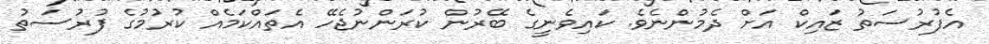
އެފުރުސަތު ޒައިކް އަށް ދެމުންނެވެ. ކައިވެނީގެ ބޭރުން ކުރަންނުޖެހޭ އެތައްކަމެއް ކުރުމުގެ ފުރުސަތު